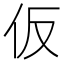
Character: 仮